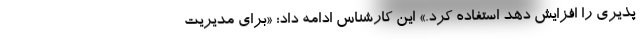
پذیری را افزایش دهد استفاده کرد.» این کارشناس ادامه داد: «برای مدیریت